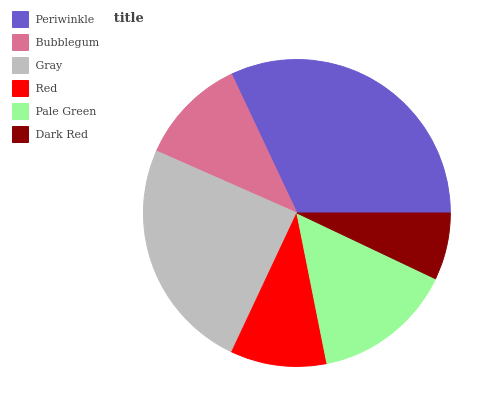
| Periwinkle | Bubblegum | Gray | Red | Pale Green | Dark Red |
 | --- | --- | --- | --- | --- | --- |
 | 32% | 11.4% | 24.7% | 10.1% | 14.8% | 7.05% |